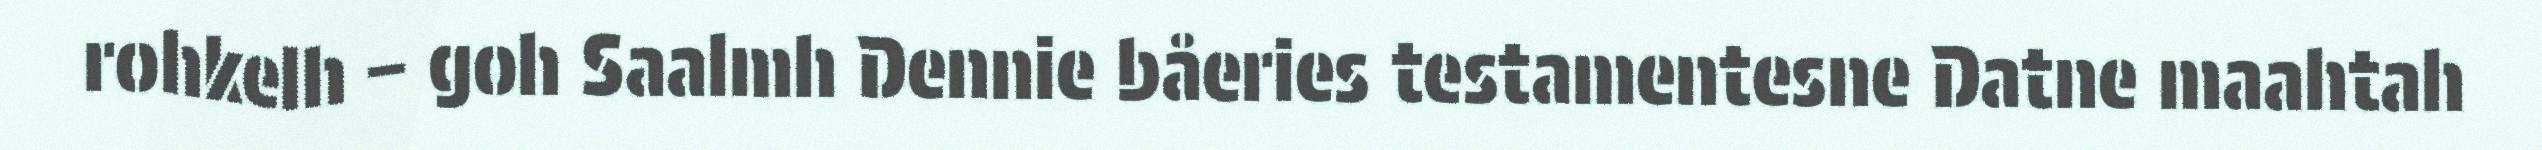
rohkelh – goh Saalmh Dennie båeries testamentesne Datne maahtah